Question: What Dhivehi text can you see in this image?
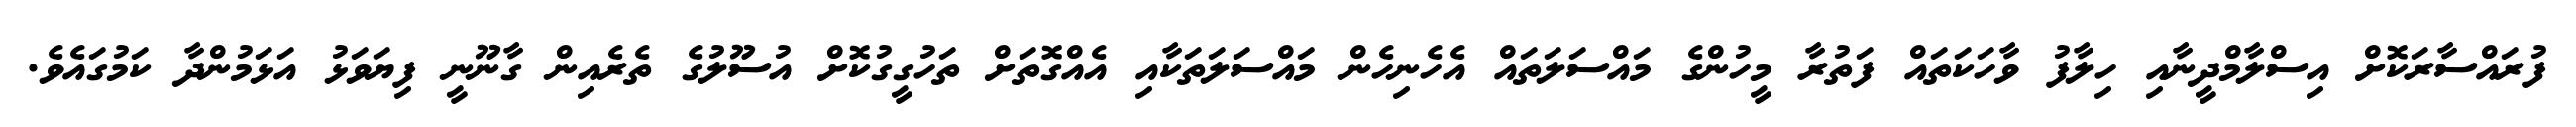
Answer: ފުރައްސާރަކޮށް އިސްލާމްދީނާއި ހިލާފު ވާހަކަތައް ފަތުރާ މީހުންގެ މައްސަލަތައް އެހެނިހެން މައްސަލަތަކާއި އެއްގޮތަށް ތަހުގީގުކޮށް އުސޫލުގެ ތެރެއިން ގާނޫނީ ފިޔަވަޅު އަޅަމުންދާ ކަމުގައެވެ.